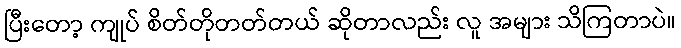
ပြီးတော့ ကျုပ် စိတ်တိုတတ်တယ် ဆိုတာလည်း လူ အများ သိကြတာပဲ။